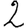
Digit: 2